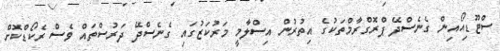
ސްޓޫޑިއޯއިން ގެނެސްދޭ ޕްރޮގްރާމްތަކުގެ އިތުރުން އިސްލާމީ މަރުކަޒުގައި ގެނެސްދޭ ދަރުސްތައް ވެސް ރެކޯޑްކޮށް